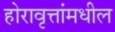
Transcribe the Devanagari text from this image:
होरावृत्तांमधील